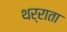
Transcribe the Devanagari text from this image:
थर्राता